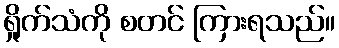
ရှိုက်သံကို စတင် ကြားရသည်။